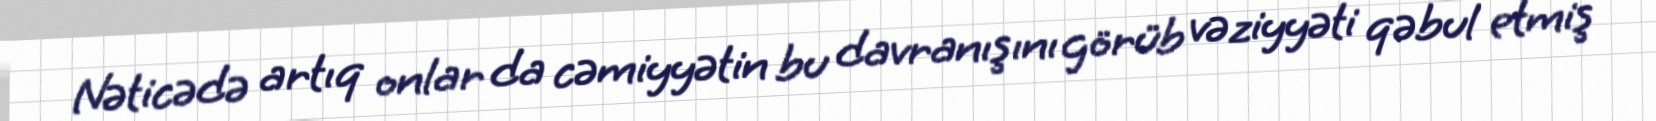
Nəticədə artıq onlar da cəmiyyətin bu davranışını görüb vəziyyəti qəbul etmiş